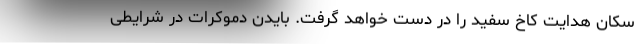
سکان هدایت کاخ سفید را در دست خواهد گرفت. بایدن دموکرات در شرایطی